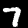
Label: 7